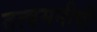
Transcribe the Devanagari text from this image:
तत्वमनीषी